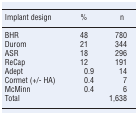
<table><thead><tr><td><b>Implant design</b></td><td><b>%</b></td><td><b>n</b></td></tr></thead><tbody><tr><td>BHR</td><td>48</td><td>780</td></tr><tr><td>Durom</td><td>21</td><td>344</td></tr><tr><td>ASR</td><td>18</td><td>296</td></tr><tr><td>ReCap</td><td>12</td><td>191</td></tr><tr><td>Adept</td><td>0.9</td><td>14</td></tr><tr><td>Cormet (+/- HA)</td><td>0.4</td><td>7</td></tr><tr><td>McMinn</td><td>0.4</td><td>6</td></tr><tr><td>Total</td><td></td><td>1,638</td></tr></tbody></table>